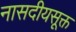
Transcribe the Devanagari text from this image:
नासदीयसूक्त